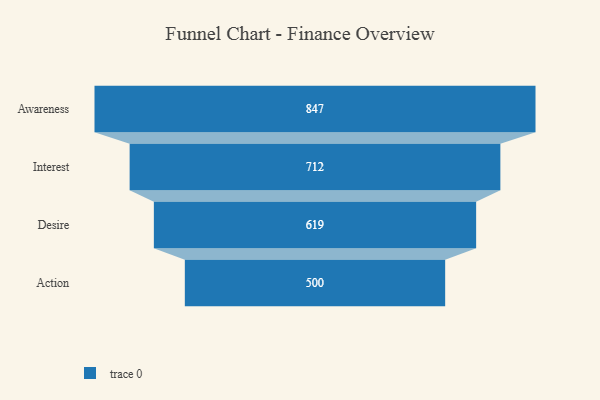
{"axis": {"x": "Stage", "y": "Value"}, "legend": [""], "data": [{"x": "Awareness", "y": 847.0, "type": ""}, {"x": "Interest", "y": 712.0, "type": ""}, {"x": "Desire", "y": 619.0, "type": ""}, {"x": "Action", "y": 500, "type": ""}]}